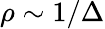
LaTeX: \rho\sim 1/\Delta